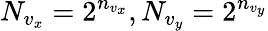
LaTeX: N_{v_{x}}=2^{n_{v_{x}}},N_{v_{y}}=2^{n_{v_{y}}}